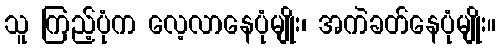
သူ ကြည့်ပုံက လေ့လာနေပုံမျိုး၊ အကဲခတ်နေပုံမျိုး။